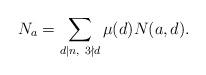
LaTeX: \begin{align*} N_a = \sum_{d|n,~3 \nmid d}\mu(d)N(a,d).\end{align*}